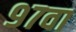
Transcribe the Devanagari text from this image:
९७वा